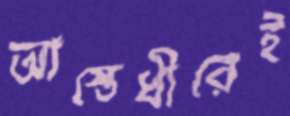
আস্তেধীরেই